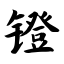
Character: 镫